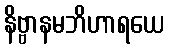
နိဗ္ဗာနမဘိဟာရယေ